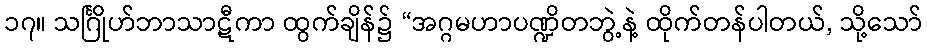
၁၇။ သင်္ဂြိုဟ်ဘာသာဋီကာ ထွက်ချိန်၌ “အဂ္ဂမဟာပဏ္ဍိတဘွဲ့နဲ့ ထိုက်တန်ပါတယ်, သို့သော်